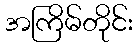
အကြိမ်တိုင်း